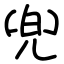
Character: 兜